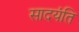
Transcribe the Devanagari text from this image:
सादयंति